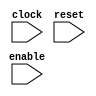
module count(
	input clock,
	input reset,
	input enable
	);

	wire [2:0] blk_count;
	wire resetn;
	wire [4:0] out, out_r_d;

	delay_counter c1 (reset, clock, enable, rd);
	block_frame_counter c2 (reset, clock, rd, frame_count);
endmodule
module delay_counter(
	input resetn,
	input clock,
	input en,
	output q
	);
	reg [19:0] out;

	always @(posedge clock)
	begin
		if (~resetn)
			out <= 20'b11001011011100110101;
		else if (en)
		begin 
			if (out == 20'b00000000000000000000)
				out <= 20'b11001011011100110101;
			else
			 	out <= out - 1'b1;
		end
	end
	assign q = (out == 20'b00000000000000000000) ? 1 : 0;

endmodule

module block_frame_counter(
	input resetn,
	input clock,
	input en,
	output q
	);
	reg [3:0] out;

	always @(posedge clock)
	begin
		if (~resetn)
			out <= 4'b1110;
		else if (en)
		begin 
			if (out == 4'b1110)
				out <= 4'b0000;
			else
			 	out <= out - 1'b1;
		end
	end
	assign q = (out == 4'b0000) ? 1 : 0;

endmodule